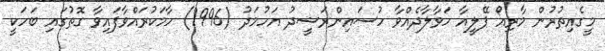
މީގެއިތުރުން މާރިއޯ ޕޭލީއާ ހަވާލާދެއްވާ ހުސައިންރަޝީދު އަހުމަދު (1996) ހާމަކުރައްވާފައިވާ ގޮތުގައި ބަހަކީ